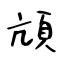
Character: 頏